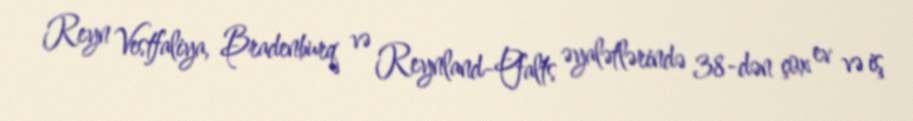
Reyn Vestfaliya, Bradenburq və Reynland-Pfalts əyalətlərində 38-dən çox ev və iş